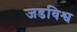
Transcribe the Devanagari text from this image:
जडविश्व